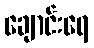
ချောင်းရေ